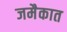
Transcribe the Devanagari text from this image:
जमैकात